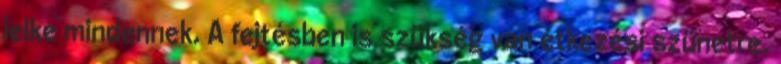
lelke mindennek. A fejtésben is szükség van étkezési szünetre.